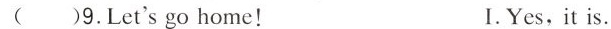
( )9.Let's go home! I.Yes, it is.